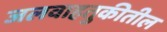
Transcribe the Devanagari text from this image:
जलवाहतुकीतील